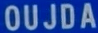
OUJDA